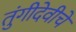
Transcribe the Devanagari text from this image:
तुंगीदेवीचे